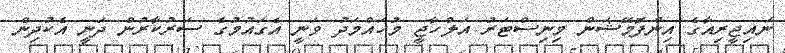
ނައިޖީރިއާގެ އިންފޮމޭޝަން މިނިސްޓަރު އަލްހާޖީ މުހައްމަދު ވަނީ އެގައުމުގެ ސަރުކާރުން ދަނީ އެކުދިން